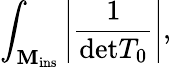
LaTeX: \int_{{\cal\mathbf{M}}_{\mathrm{{ins}}}}\left\vert\frac{{1}}{{\mathrm{{det}}T_{0}}}\right\vert,